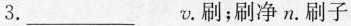
3.___v。刷；刷净 n。刷子